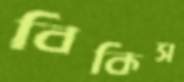
বিকিস